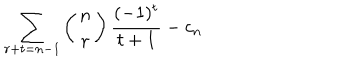
\sum _ { r + t = n - 1 } \left( \begin{matrix} { { n } } \\ { { r } } \\ \end{matrix} \right) \frac { ( - 1 ) ^ { t } } { t + 1 } - c _ { n }